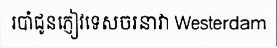
របាំជូនភ្ញៀវទេសចរនាវា Westerdam